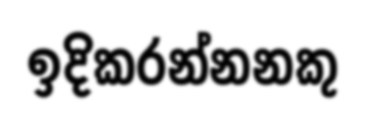
ඉදිකරන්නනකු